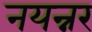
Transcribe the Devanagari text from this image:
नयन्नर